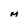
Character: M